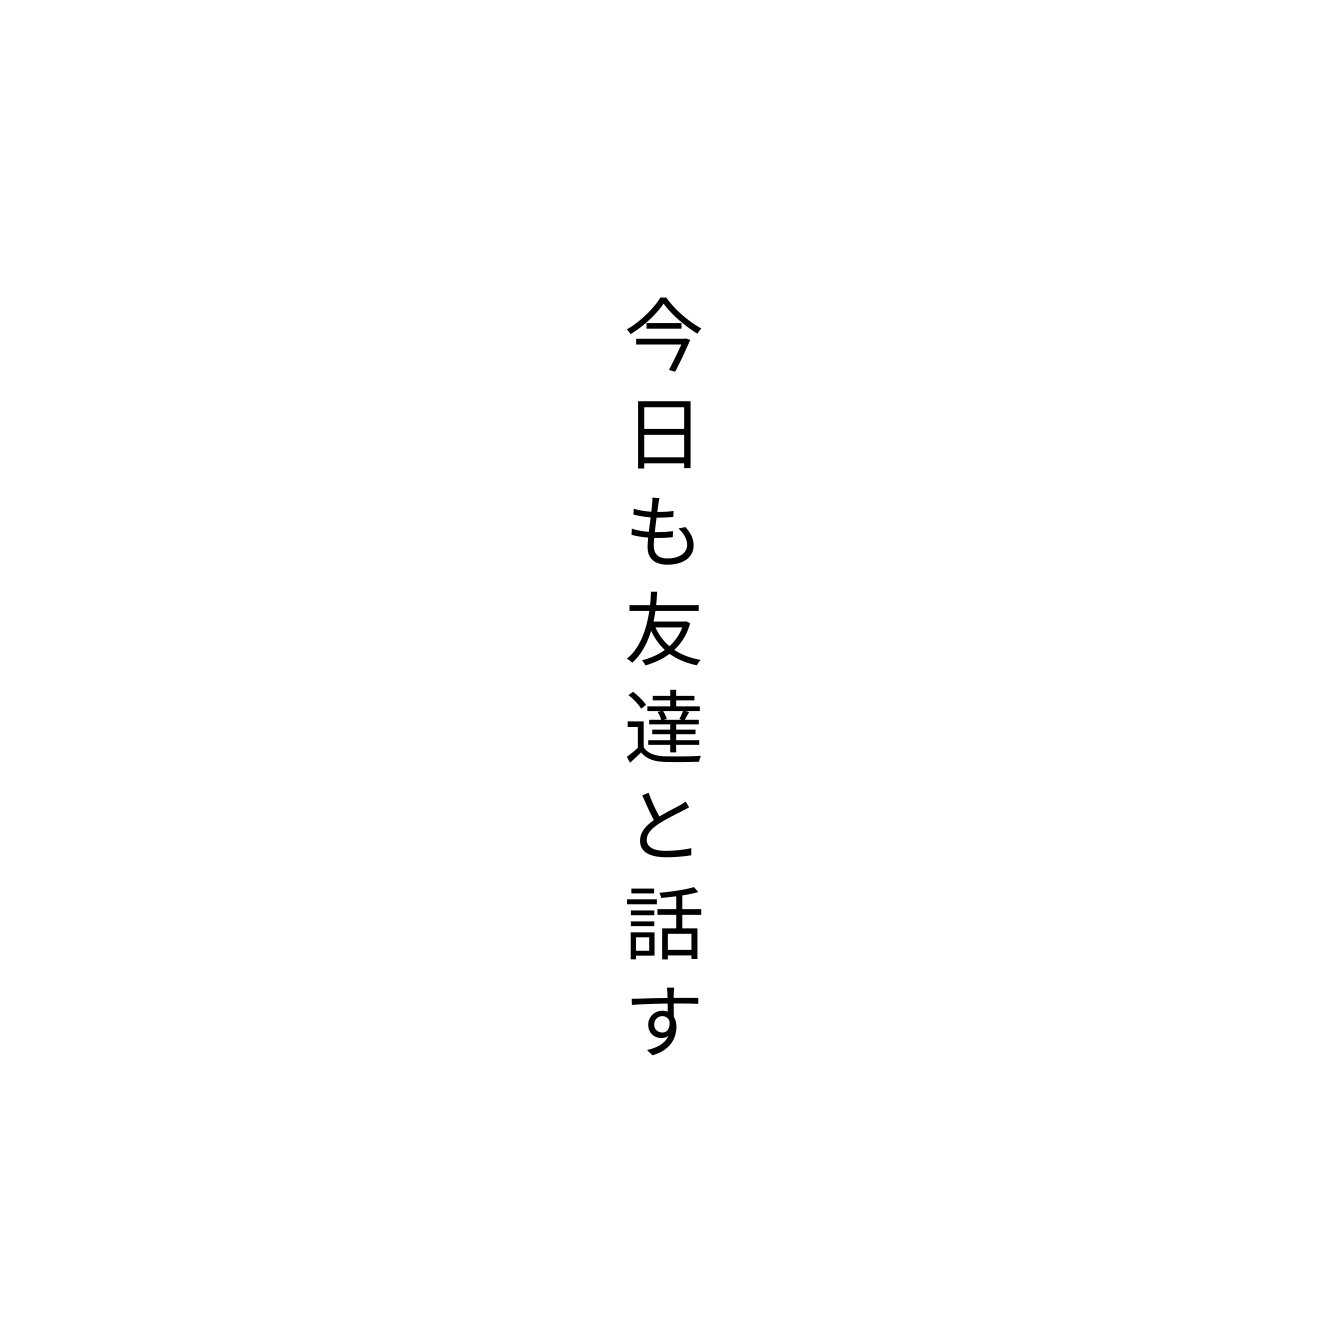
今日も友達と話す